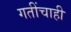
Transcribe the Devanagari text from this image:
गतींचाही